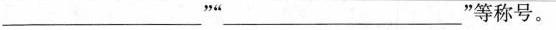
___”“___”等称号。